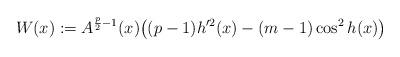
LaTeX: \begin{align*}W(x):=A^{\frac{p}{2}-1}(x)\big((p-1)h'^2(x)-(m-1)\cos^2 h(x)\big)\end{align*}